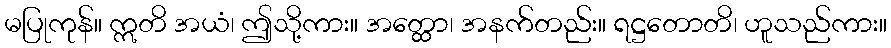
မပြုကုန်။ ဣတိ အယံ၊ ဤသို့ကား။ အတ္ထော၊ အနက်တည်း။ ရဋ္ဌတောတိ၊ ဟူသည်ကား။